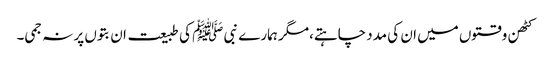
کٹھن وقتوں میں ان کی مدد چاہتے،مگر ہمارے نبی ﷺ کی طبیعت ان بتوں پر نہ جمی۔